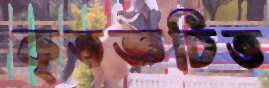
কৃতজ্ঞচিত্ত